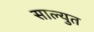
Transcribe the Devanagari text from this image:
साल्युत